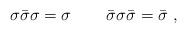
LaTeX: \begin{align*}\sigma \bar\sigma \sigma=\sigma\,\qquad \bar\sigma \sigma \bar\sigma = \bar\sigma\,\,,\end{align*}